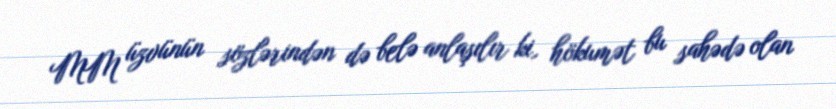
MM üzvünün sözlərindən də belə anlaşılır ki, hökumət bu sahədə olan